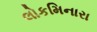
લોકમિનારા